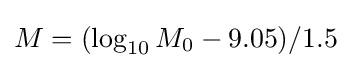
M=(\log _{10}M_{0}-9.05)/1.5